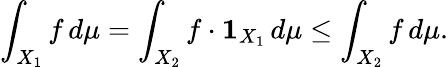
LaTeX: \int_{X_{1}}f\, d\mu=\int_{X_{2}}f\cdot{\mathbf{1}}_{X_{1}}\, d\mu\leq\int_{X_{2}}f\, d\mu.